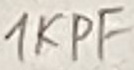
Text: 10PF